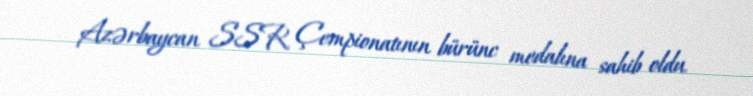
Azərbaycan SSR Çempionatının bürünc medalına sahib oldu.